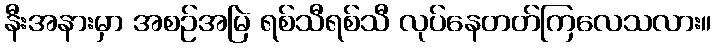
နီးအနားမှာ အစဉ်အမြဲ ရစ်သီရစ်သီ လုပ်နေတတ်ကြလေသလား။